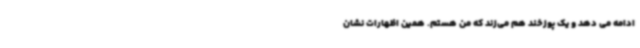
ادامه می دهد و یک پوزخند هم می‌زند که من هستم. همین اظهارات نشان